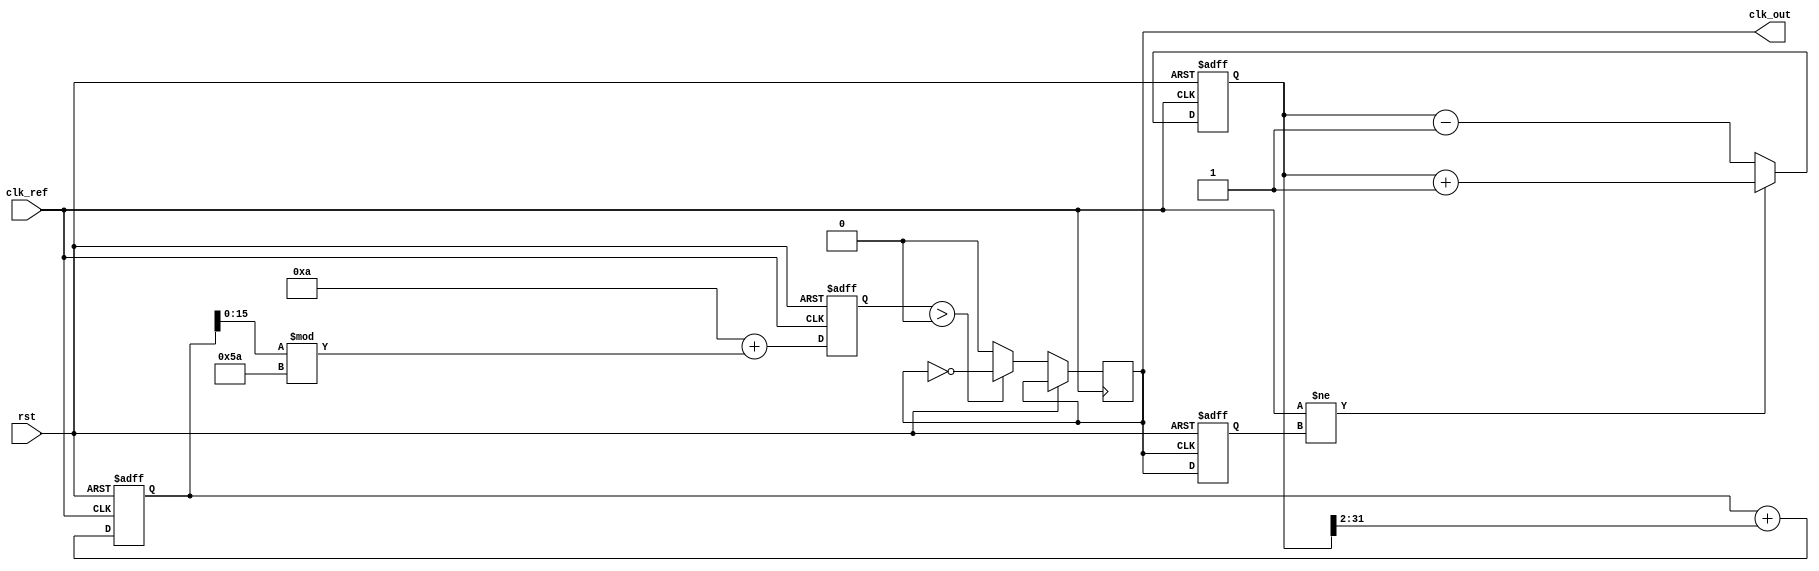
module PLL (
    input wire clk_ref,          // Reference clock input
    input wire rst,              // Reset signal
    output reg clk_out           // Output clock
);

    // Parameters for the PLL
    parameter integer DIV_FACTOR = 4; // Frequency divider factor
    parameter integer VCO_MAX_FREQ = 100; // Max frequency of VCO
    parameter integer VCO_MIN_FREQ = 10;  // Min frequency of VCO

    // Internal signals
    reg [31:0] phase_error;        // Phase error signal
    reg [31:0] control_voltage;     // Control voltage for VCO
    reg [31:0] vco_frequency;       // Current frequency of VCO
    reg clk_fb;                    // Feedback clock
    reg [31:0] loop_filter;         // Loop filter output

    // Phase Detector (PD)
    always @(posedge clk_ref or posedge rst) begin
        if (rst) begin
            phase_error <= 0;
        end else begin
            // Simple phase error calculation (for demonstration)
            if (clk_ref != clk_fb) begin
                phase_error <= phase_error + 1; // Increment error
            end else begin
                phase_error <= phase_error - 1; // Decrement error
            end
        end
    end

    // Loop Filter (LF)
    always @(posedge clk_ref or posedge rst) begin
        if (rst) begin
            loop_filter <= 0;
        end else begin
            // Simple first-order loop filter for demonstration
            loop_filter <= loop_filter + (phase_error >> 2); // Adjust filter gain as needed
        end
    end

    // Voltage-Controlled Oscillator (VCO)
    always @(posedge clk_ref or posedge rst) begin
        if (rst) begin
            vco_frequency <= VCO_MIN_FREQ;
        end else begin
            // Adjust VCO frequency based on control voltage
            vco_frequency <= VCO_MIN_FREQ + loop_filter[15:0] % (VCO_MAX_FREQ - VCO_MIN_FREQ);
            clk_out <= (vco_frequency > 0) ? ~clk_out : 1'b0; // Toggle output clock
        end
    end

    // Feedback Path
    always @(posedge clk_out or posedge rst) begin
        if (rst) begin
            clk_fb <= 0;
        end else begin
            // Frequency Divider (optional)
            clk_fb <= clk_out; // Feedback the output clock directly for now
        end
    end

endmodule